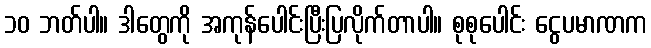
၁၀ ဘတ်ပါ။ ဒါတွေကို အကုန်ပေါင်းပြီးပြလိုက်တာပါ။ စုစုပေါင်း ငွေပမာဏက